Source: Handwritten
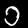
Digit: ၁ (1)